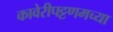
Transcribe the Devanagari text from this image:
कावेरीपट्टणमच्या